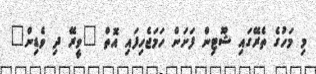
މި މަހުގެ ތެރޭގައި ޝޫޓިން ފަށަން ހަމަޖެހިފައި އޮތް "ވީރޭ ދި ވެޑިން"